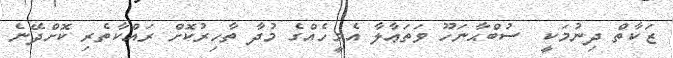
ޒަކާތް ދިނުމަކީ  ސުބްޙާނަހޫ ވަތަޢާލާ އެމީހެއްގެ މުދާ ތާހިރުކޮށް ރައްކާތެރި ކޮށްދޭނެ